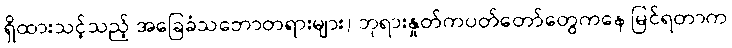
ရှိထားသင့်သည့် အခြေခံသဘောတရားများ) ဘုရားနှုတ်ကပတ်တော်တွေကနေ မြင်ရတာက